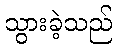
သွားခဲ့သည်